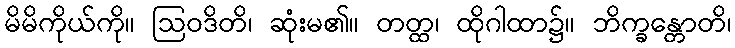
မိမိကိုယ်ကို။ ဩဝဒိတိ၊ ဆုံးမ၏။ တတ္ထ၊ ထိုဂါထာ၌။ ဘိက္ခန္တောတိ၊